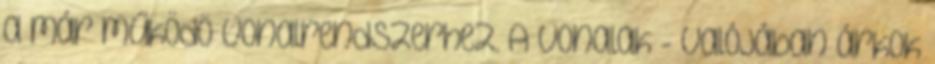
a már működö vonalrendszerhez. A vonalak - valójában árkok